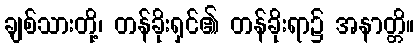
ချစ်သားတို့၊ တန်ခိုးရှင်၏ တန်ခိုးရာ၌ အနာတ္တိ။